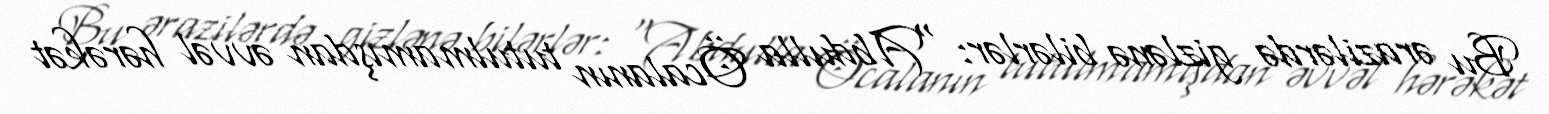
Bu ərazilərdə gizlənə bilərlər: “Abdulla Öcalanın tutulmamışdan əvvəl hərəkət